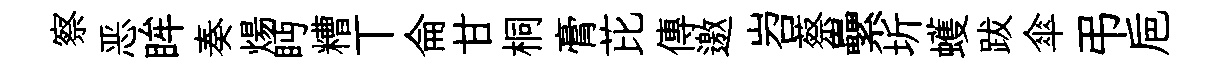
察恶眸奏煬眄糟丅侖甘桐膏芘傳邀岧蔡纍圻蠖跋傘弔巵